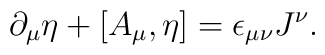
\partial_\mu \eta + [A_\mu,\eta]=\epsilon_{\mu \nu}J^\nu .